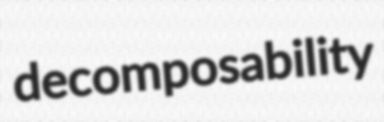
decomposability